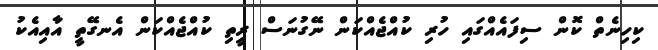
ކިހިނެތް ކޮން ސިފައެއްގައި ހުރި ކުއްޖެއްކަން ނޭގުނަސް ރީތި ކުއްޖެއްކަން އެނގޭތީ އާއިއެކު